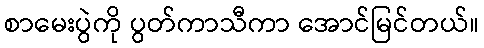
စာမေးပွဲကို ပွတ်ကာသီကာ အောင်မြင်တယ်။